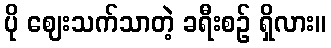
ပို ဈေးသက်သာတဲ့ ခရီးစဉ် ရှိလား။